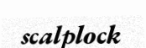
scalplock